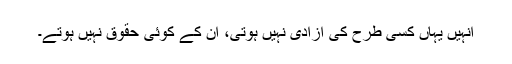
انہیں یہاں کسی طرح کی آزادی نہیں ہوتی، ان کے کوئی حقوق نہیں ہوتے۔